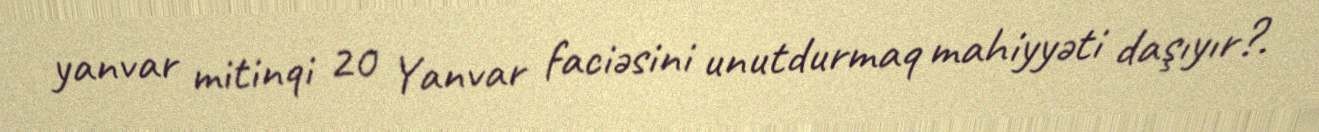
yanvar mitinqi 20 Yanvar faciəsini unutdurmaq mahiyyəti daşıyır?.